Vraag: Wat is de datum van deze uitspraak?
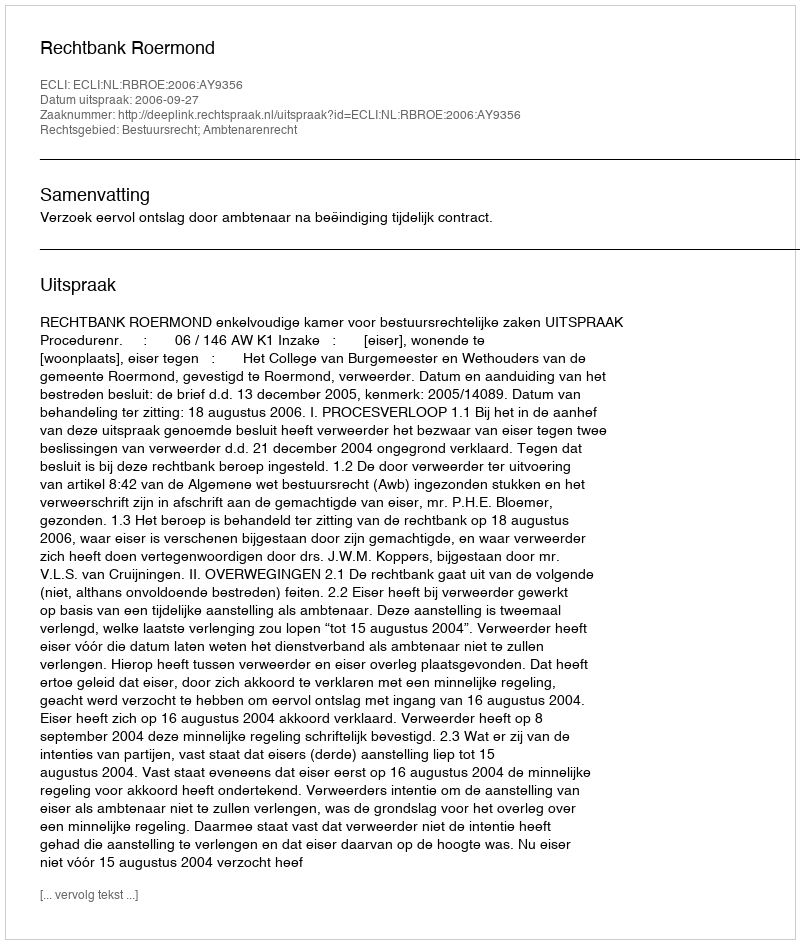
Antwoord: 2006-09-27